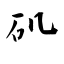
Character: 矶